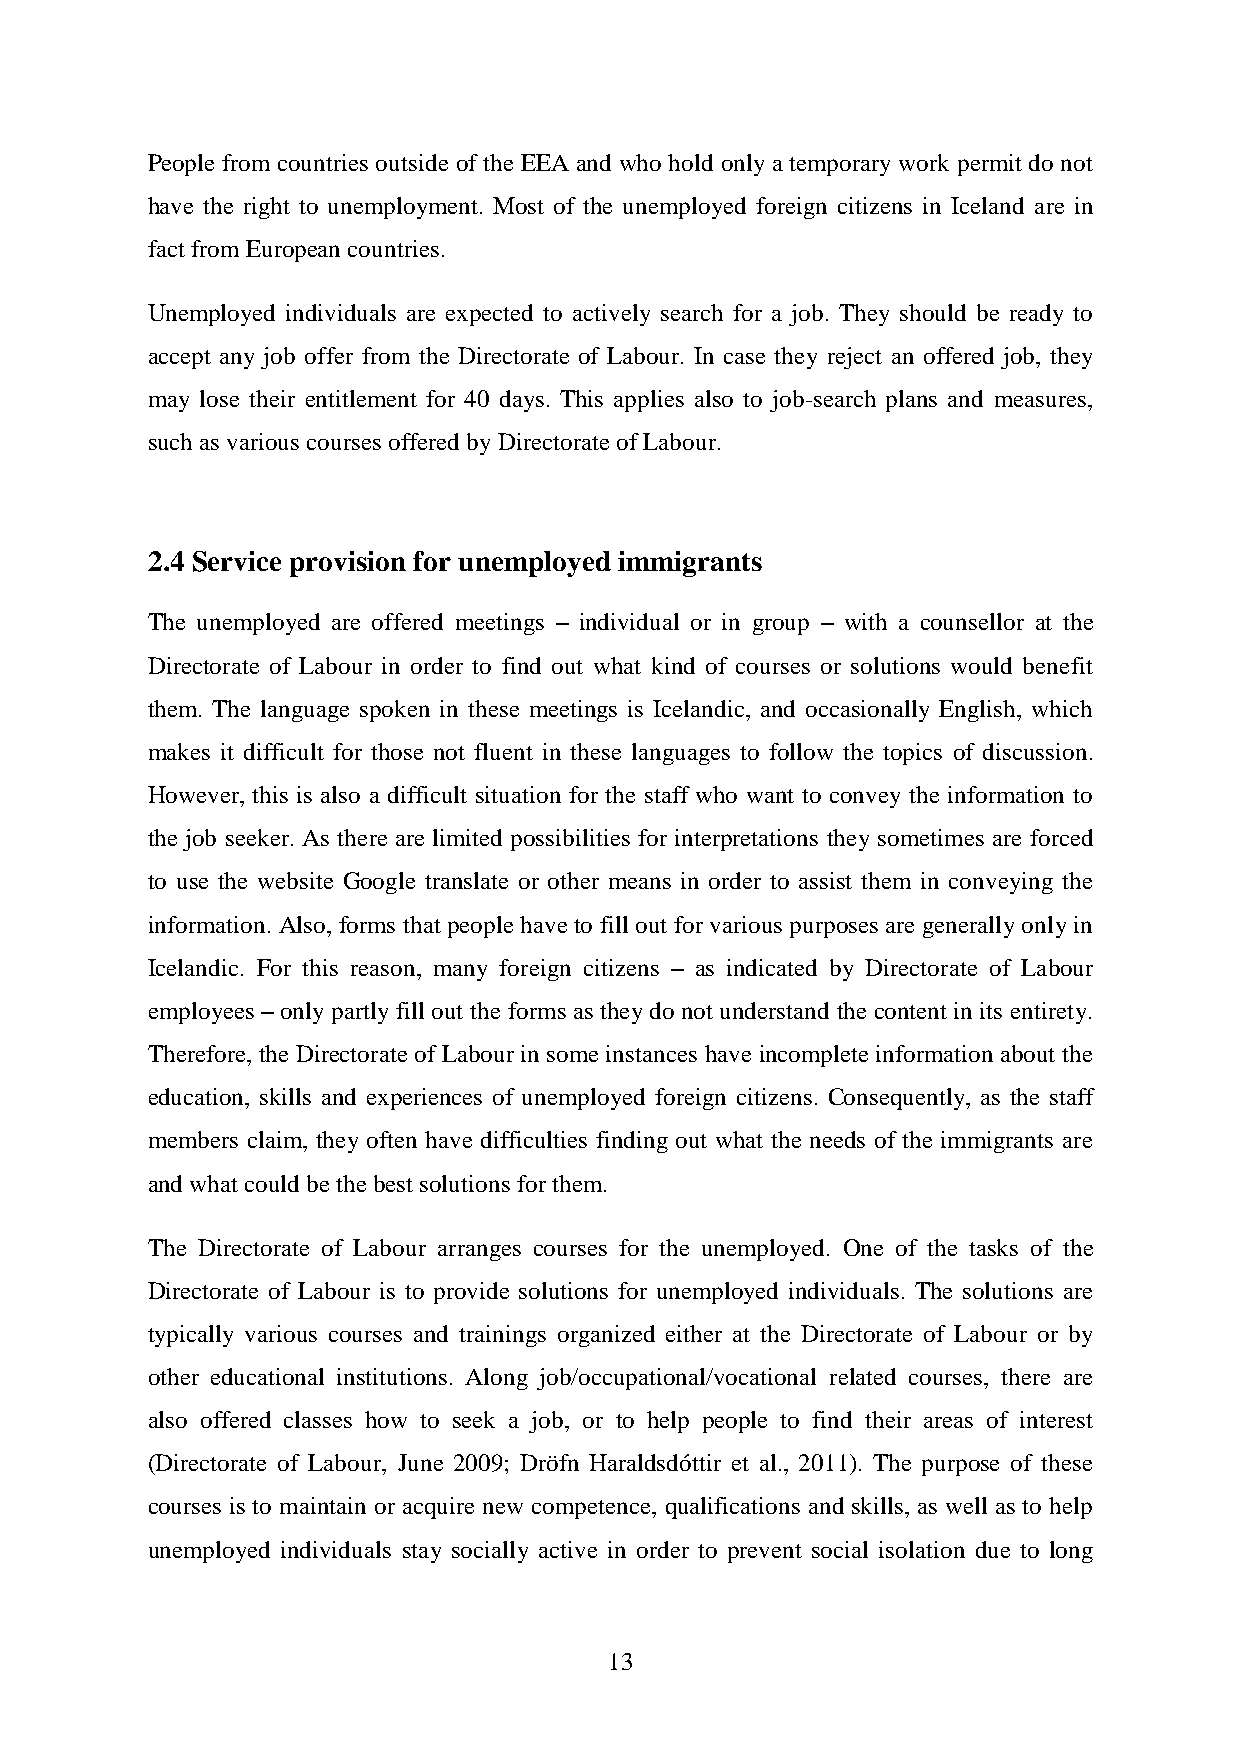
People from countries outside of the EEA and who hold only a temporary work permit do not
 have the right to unemployment. Most of the unemployed foreign citizens in Iceland are in
 fact from European countries.
 Unemployed individuals are expected to actively search for a job. They should be ready to
 accept any job offer from the Directorate of Labour. In case they reject an offered job, they
 may lose their entitlement for 40 days. This applies also to job-search plans and measures,
 such as various courses offered by Directorate of Labour.
 2.4 Service provision for unemployed immigrants
 The unemployed are offered meetings – individual or in group – with a counsellor at the
 Directorate of Labour in order to find out what kind of courses or solutions would benefit
 them. The language spoken in these meetings is Icelandic, and occasionally English, which
 makes it difficult for those not fluent in these languages to follow the topics of discussion.
 However, this is also a difficult situation for the staff who want to convey the information to
 the job seeker. As there are limited possibilities for interpretations they sometimes are forced
 to use the website Google translate or other means in order to assist them in conveying the
 information. Also, forms that people have to fill out for various purposes are generally only in
 Icelandic. For this reason, many foreign citizens – as indicated by Directorate of Labour
 employees – only partly fill out the forms as they do not understand the content in its entirety.
 Therefore, the Directorate of Labour in some instances have incomplete information about the
 education, skills and experiences of unemployed foreign citizens. Consequently, as the staff
 members claim, they often have difficulties finding out what the needs of the immigrants are
 and what could be the best solutions for them.
 The Directorate of Labour arranges courses for the unemployed. One of the tasks of the
 Directorate of Labour is to provide solutions for unemployed individuals. The solutions are
 typically various courses and trainings organized either at the Directorate of Labour or by
 other educational institutions. Along job/occupational/vocational related courses, there are
 also offered classes how to seek a job, or to help people to find their areas of interest
 (Directorate of Labour, June 2009; Dröfn Haraldsdóttir et al., 2011). The purpose of these
 courses is to maintain or acquire new competence, qualifications and skills, as well as to help
 unemployed individuals stay socially active in order to prevent social isolation due to long
 13